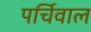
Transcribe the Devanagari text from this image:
पर्चिवाल